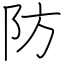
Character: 防